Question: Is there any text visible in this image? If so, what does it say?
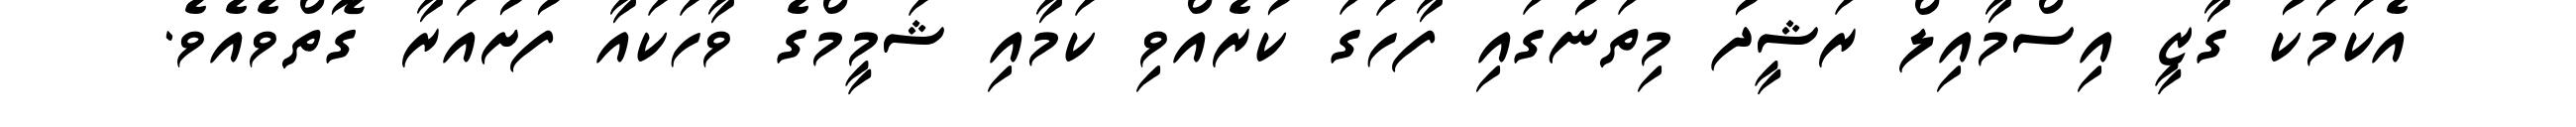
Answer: އެކަމަކު ގާޒީ އިސްމާއިލް ރަޝީދު މިތަނުގައި ފާހަގަ ކުރެއްވި ކަމާއި ޝަމީމްގެ ވާހަކައާ ފުށުއަރާ ގޮތްވެއެވެ.